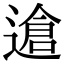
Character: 䢢